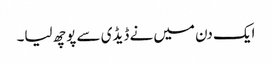
ایک دن میں نے ڈیڈی سے پوچھ لیا۔